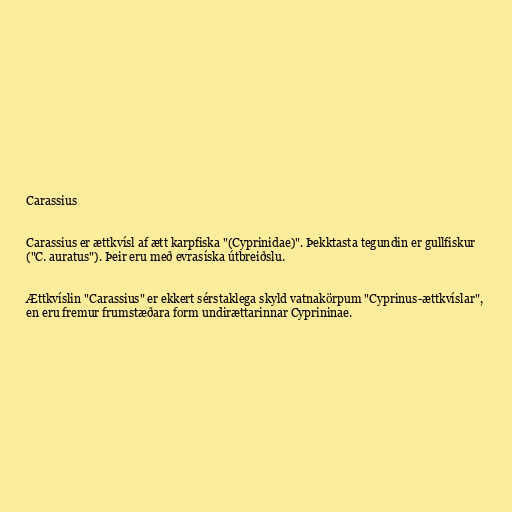
Carassius

Carassius er ættkvísl af ætt karpfiska "(Cyprinidae)". Þekktasta tegundin er gullfiskur
("C. auratus"). Þeir eru með evrasíska útbreiðslu.

Ættkvíslin "Carassius" er ekkert sérstaklega skyld vatnakörpum "Cyprinus-ættkvíslar",
en eru fremur frumstæðara form undirættarinnar Cyprininae.